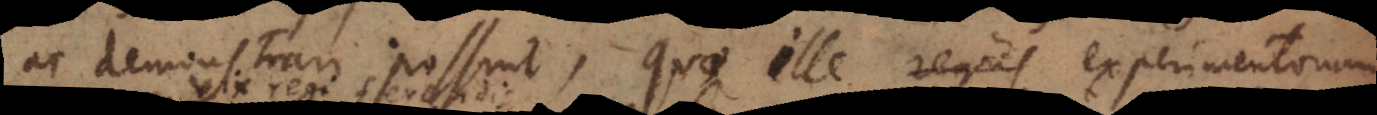
ac demonstrari possint, quae ille regius experimentorum